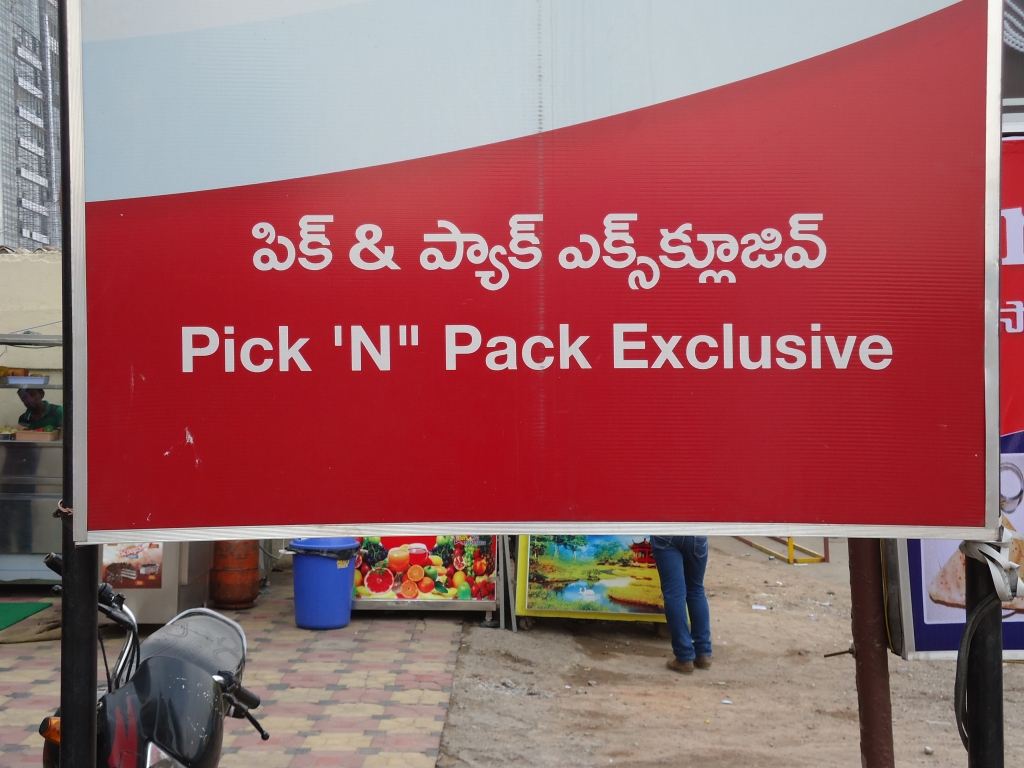
Language: telugu
Transcription: ఎక్స్  క్లూజివ్ పిక్